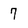
Character: 7